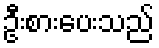
ဦးစားပေးသည်